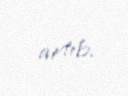
artıb.